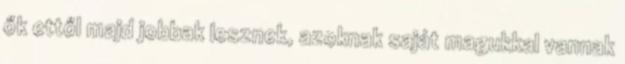
ők ettől majd jobbak lesznek, azoknak saját magukkal vannak